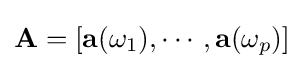
\mathbf {A} =[\mathbf {a} (\omega _{1}),\cdots ,\mathbf {a} (\omega _{p})]